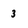
Character: 3